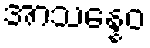
အာသန္နေဝ